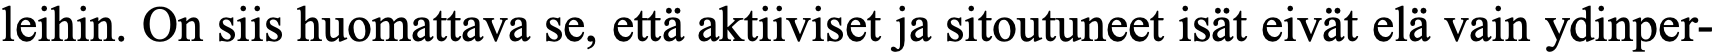
leihin. On siis huomattava se, että aktiiviset ja sitoutuneet isät eivät elä vain ydinper-